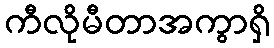
ကီလိုမီတာအကွာရှိ